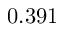
0 . 3 9 1